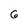
Character: 6